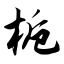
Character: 栀